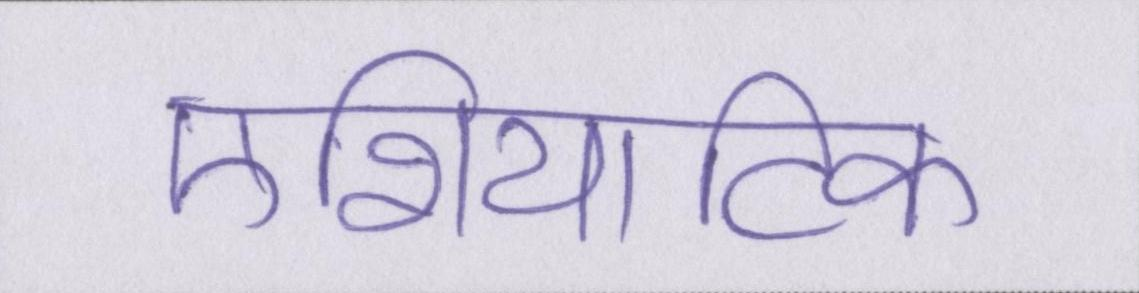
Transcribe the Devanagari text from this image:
एशियाटिक